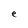
Character: e